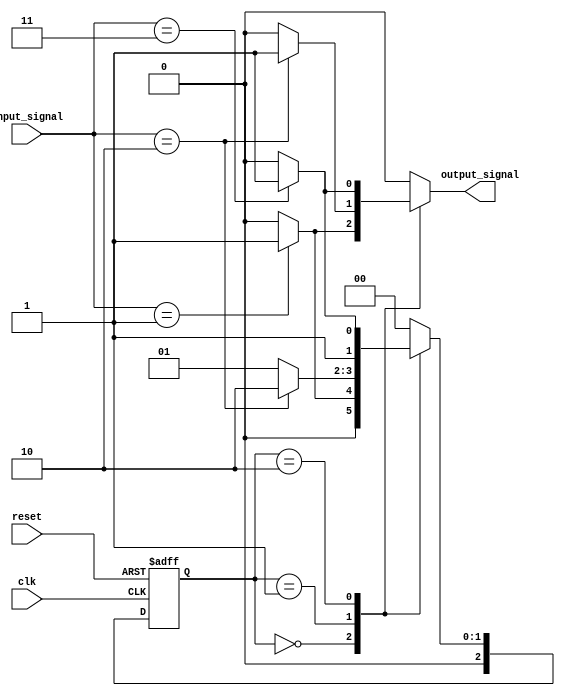
module Nbit_Mealy_FSM #(
    parameter N = 3 // Number of bits for state encoding
) (
    input wire clk,          // Clock signal
    input wire reset,        // Asynchronous reset signal
    input wire [1:0] input_signal, // Input signals (adjust width as needed)
    output reg output_signal // Output signal
);

// State encoding
localparam STATE_0 = 3'b000;
localparam STATE_1 = 3'b001;
localparam STATE_2 = 3'b010;
localparam STATE_3 = 3'b011;
// Add more states as needed

reg [N-1:0] current_state, next_state;

// State transition logic
always @(*) begin
    case (current_state)
        STATE_0: begin
            if (input_signal == 2'b01) begin
                next_state = STATE_1;
                output_signal = 1'b1; // Output based on input
            end else begin
                next_state = STATE_0;
                output_signal = 1'b0;
            end
        end
        
        STATE_1: begin
            if (input_signal == 2'b10) begin
                next_state = STATE_2;
                output_signal = 1'b1;
            end else begin
                next_state = STATE_1;
                output_signal = 1'b0;
            end
        end
        
        STATE_2: begin
            if (input_signal == 2'b11) begin
                next_state = STATE_3;
                output_signal = 1'b1;
            end else begin
                next_state = STATE_2;
                output_signal = 1'b0;
            end
        end
        
        STATE_3: begin
            // Loop back to STATE_0 for this example
            next_state = STATE_0;
            output_signal = 1'b0;
        end
        
        default: begin
            next_state = STATE_0; // Default to initial state
            output_signal = 1'b0;
        end
    endcase
end

// State register
always @(posedge clk or posedge reset) begin
    if (reset) begin
        current_state <= STATE_0; // Reset to initial state
    end else begin
        current_state <= next_state; // Update state on clock edge
    end
end

endmodule